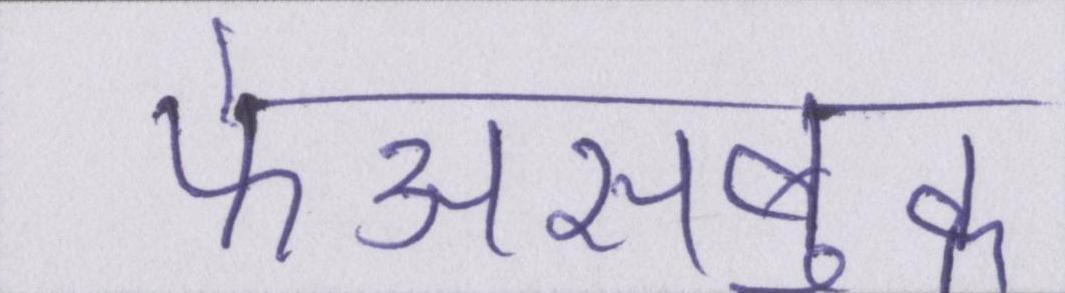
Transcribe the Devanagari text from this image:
फेअसबुक